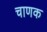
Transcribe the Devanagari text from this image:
चाणक